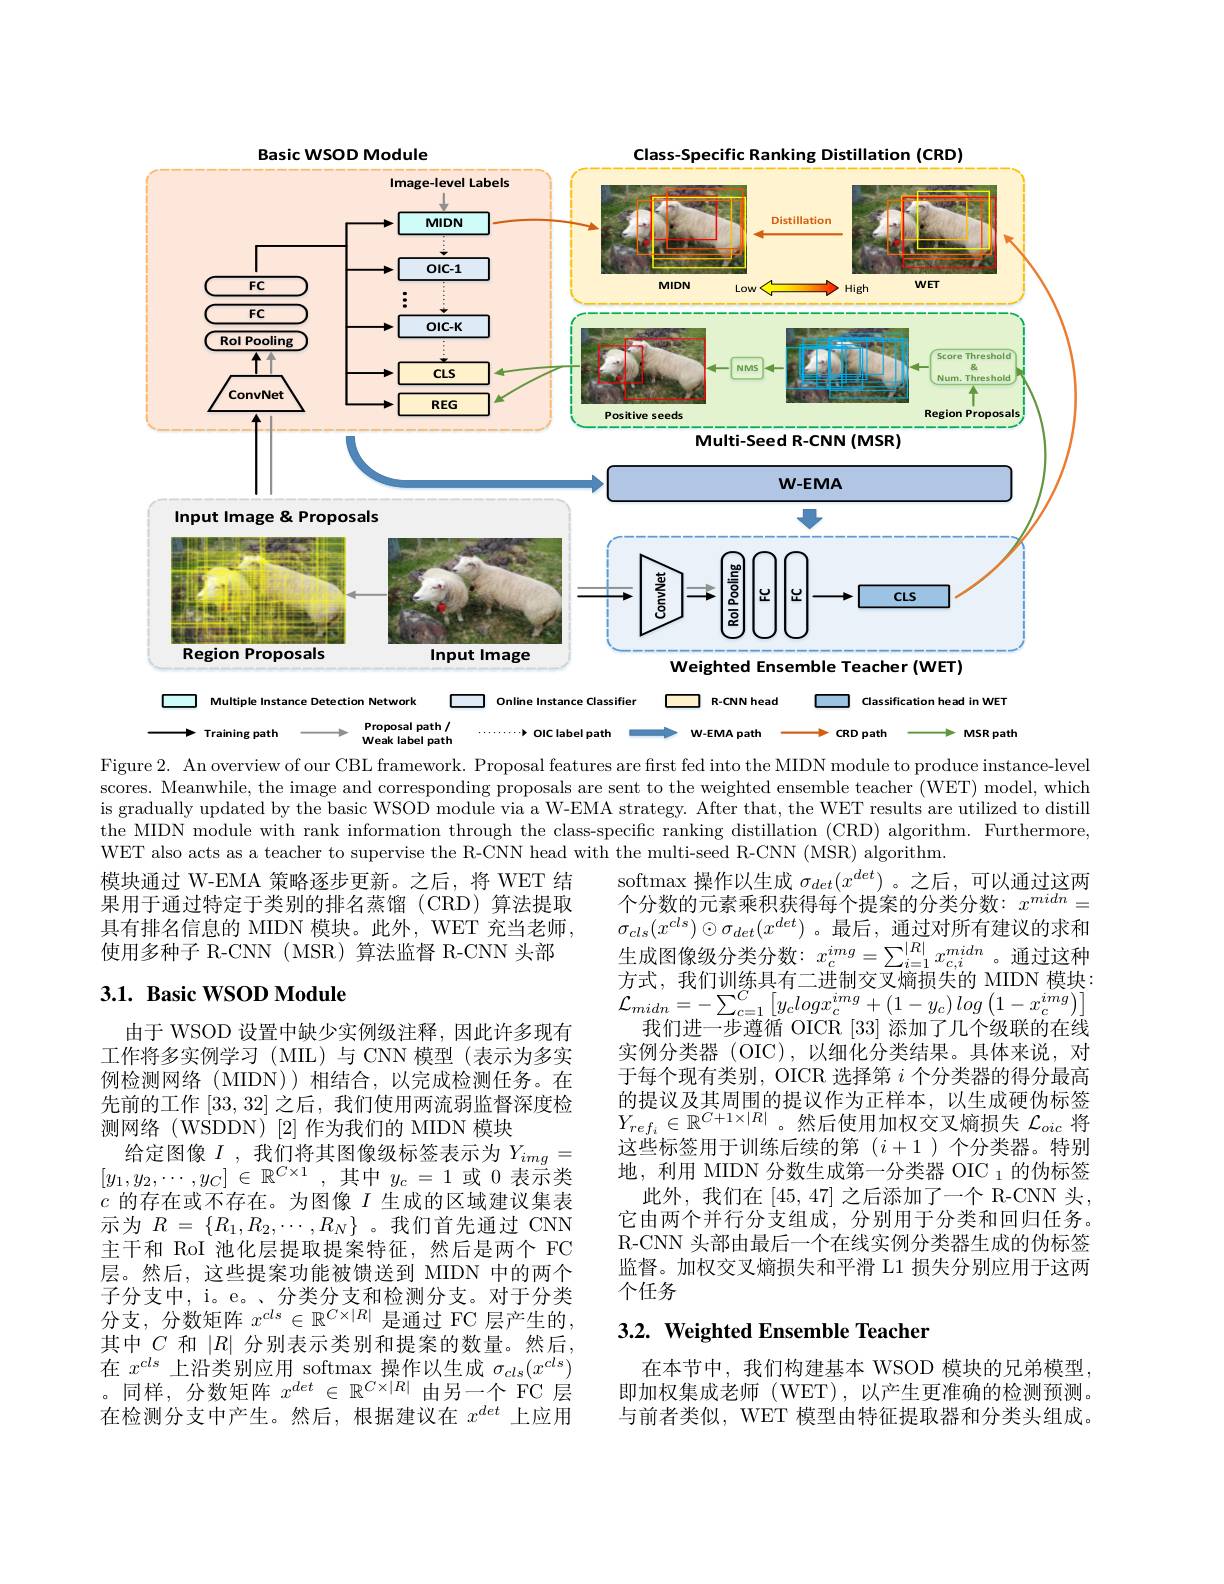
<FigureHere>

Figure 2. An overview of our CBL framework. Proposal features are first fed into the MIDN module to produce instance-level

scores. Meanwhile, the image and corresponding proposals are sent to the weighted ensemble teacher (WET) model, which is gradually updated by the basic WSOD module via a W-EMA strategy. After that, the WET results are utilized to distill the MIDN module with rank information through the class-specific ranking distillation (CRD) algorithm. Furthermore, WET also acts as a teacher to supervise the R-CNN head with the multi-seed R-CNN (MSR) algorithm.

模块通过 W-EMA 策略逐步更新。之后，将 WET 结果用于通过特定于类别的排名蒸馏(CRD)算法提取具有排名信息的 MIDN 模块。此外，WET 充当老师， 使用多种子 R-CNN (MSR)算法监督 R-CNN 头部

## $3. 1. \textbf{ Basic WSOD Module}$

softmax 操作以生成$\sigma_{det}(x^{det})$。之后，可以通过这两个分数的元素乘积获得每个提案的分类分数：$x^midn=$ $\sigma_{cls}(x^{cls})\odot\sigma_{det}(x^{det})$。最后，通过对所有建议的求和生 成 图 像 级 分 类 分 数 $: x_{c}^{img}= \sum _{i= 1}^{| R| }x_{c, i}^{midn}$。通 过 这 种 主 式 我 们 训 练 目 右 一 进 制 交 叉 应 担 件 的 MDN 描 出 . 方式，我们训练具有二进制交叉熵损失的 MIDN 模块： $\mathcal{L}_{midn}=-\sum_{c=1}^{C}\left[y_{c}logx_{c}^{img}+(1-y_{c})log\left(1-x_{c}^{img}\right)\right]$
我们进一步遵循 OICR [33]添加了几个级联的在线实例分类器(OIC),以细化分类结果。具体来说，对于每个现有类别，OICR 选择第$i$个分类器的得分最高的提议及其周围的提议作为正样本，以生成硬伪标签$Y_{ref_i}\in\mathbb{R}^{C+1\times|R|}$。然后使用加权交叉熵损失$\mathcal{L}_oic$将这些标签用于训练后续的第$(i+1)$个分类器。特别地，利用 MIDN 分数生成第一分类器 OIC $_{1}$的伪标签
此外，我们在[45,47] 之后添加了一个 R-CNN 头， 它由两个并行分支组成，分别用于分类和回归任务。R-CNN 头部由最后一个在线实例分类器生成的伪标签监督。加权交叉熵损失和平滑 L1 损失分别应用于这两个任务

由于 WSOD 设置中缺少实例级注释，因此许多现有工作将多实例学习(MIL)与 CNN 模型(表示为多实例检测网络(MIDN))相结合，以完成检测任务。在先前的工作[33,32]之后，我们使用两流弱监督深度检测网络(WSDDN)[2]作为我们的 MIDN 模块
给 定 图 像 $I$ ,我 们 将 其 图 像 级 标 签 表 示 为 $Y_{img}=$ $[ y_1, y_2, \cdots , y_C]$ $\in \mathbb{R} ^{C\times 1}$ ,其 中 $y_c= 1$ 或 0 表 示 类$c$的存在或不存在。为图像$I$生成的区域建议集表示为$R=\{R_{1},R_{2},\cdots,R_{N}\}$。我们首先通过 CNN 主干和 RoI 池化层提取提案特征，然后是两个 FC 层。然后，这些提案功能被馈送到 MIDN 中的两个子分支中，i。e。、分类分支和检测分支。对于分类分支，分数矩阵 $x^cls\in\mathbb{R}^{C\times|R|}$ 是通过 FC 层产生的， 其中$C$和$|R|$分别表示类别和提案的数量。然后， 在$x^cls$上沿类别应用 softmax 操作以生成$\sigma_cls(x^{cls})$ 。同样，分数矩阵$x^det\in\mathbb{R}^{C\times|R|}$由另一个 FC 层在检测分支中产生。然后，根据建议在$x^det$上应用

# 3.2. Weighted Ensemble Teacher

在本节中，我们构建基本 WSOD 模块的兄弟模型， 即加权集成老师 (WET),以产生更准确的检测预测。与前者类似，WET 模型由特征提取器和分类头组成。